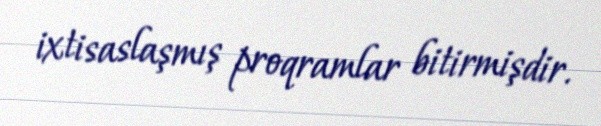
ixtisaslaşmış proqramlar bitirmişdir.